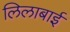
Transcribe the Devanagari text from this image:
लिलाबाई